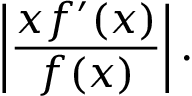
\left| { \frac { x f ^ { \prime } ( x ) } { f ( x ) } } \right| .